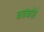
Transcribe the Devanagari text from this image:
कन्नंकोड़े